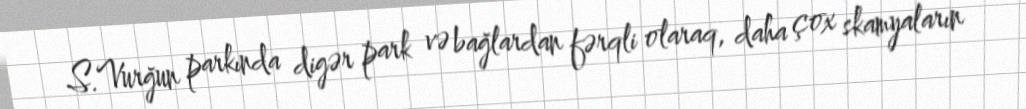
S.Vurğun parkında digər park və bağlardan fərqli olaraq, daha çox skamyaların